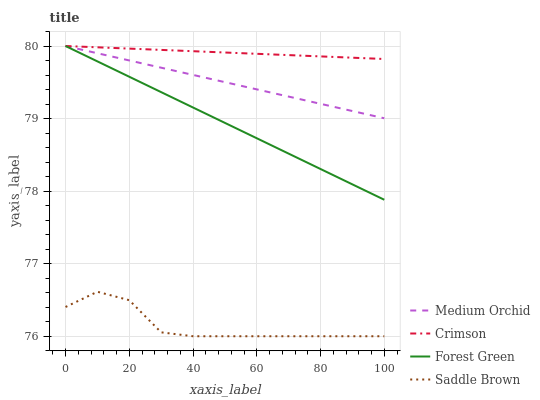
| xaxis_label | Medium Orchid | Crimson | Forest Green | Saddle Brown |
 | --- | --- | --- | --- | --- |
 | 0 | 80 | 80 | 80 | 76.4 |
 | 10 | 79.9 | 80 | 79.8 | 76.6 |
 | 20 | 79.8 | 80 | 79.6 | 76.5 |
 | 30 | 79.7 | 79.9 | 79.4 | 76.1 |
 | 40 | 79.6 | 79.9 | 79.2 | 76 |
 | 50 | 79.5 | 79.9 | 78.9 | 76 |
 | 60 | 79.4 | 79.9 | 78.7 | 76 |
 | 70 | 79.3 | 79.9 | 78.5 | 76 |
 | 80 | 79.2 | 79.9 | 78.3 | 76 |
 | 90 | 79.1 | 79.8 | 78.1 | 76 |
 | 100 | 79 | 79.8 | 77.9 | 76 |